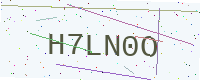
Text: H7LN0O